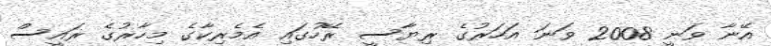
އޭނާ ވަނީ 2008 ވަނަ އަހަރުގެ ރިޔާސީ ރޭހުގައި އެމެރިކާގެ މިހާރުގެ ރައީސް